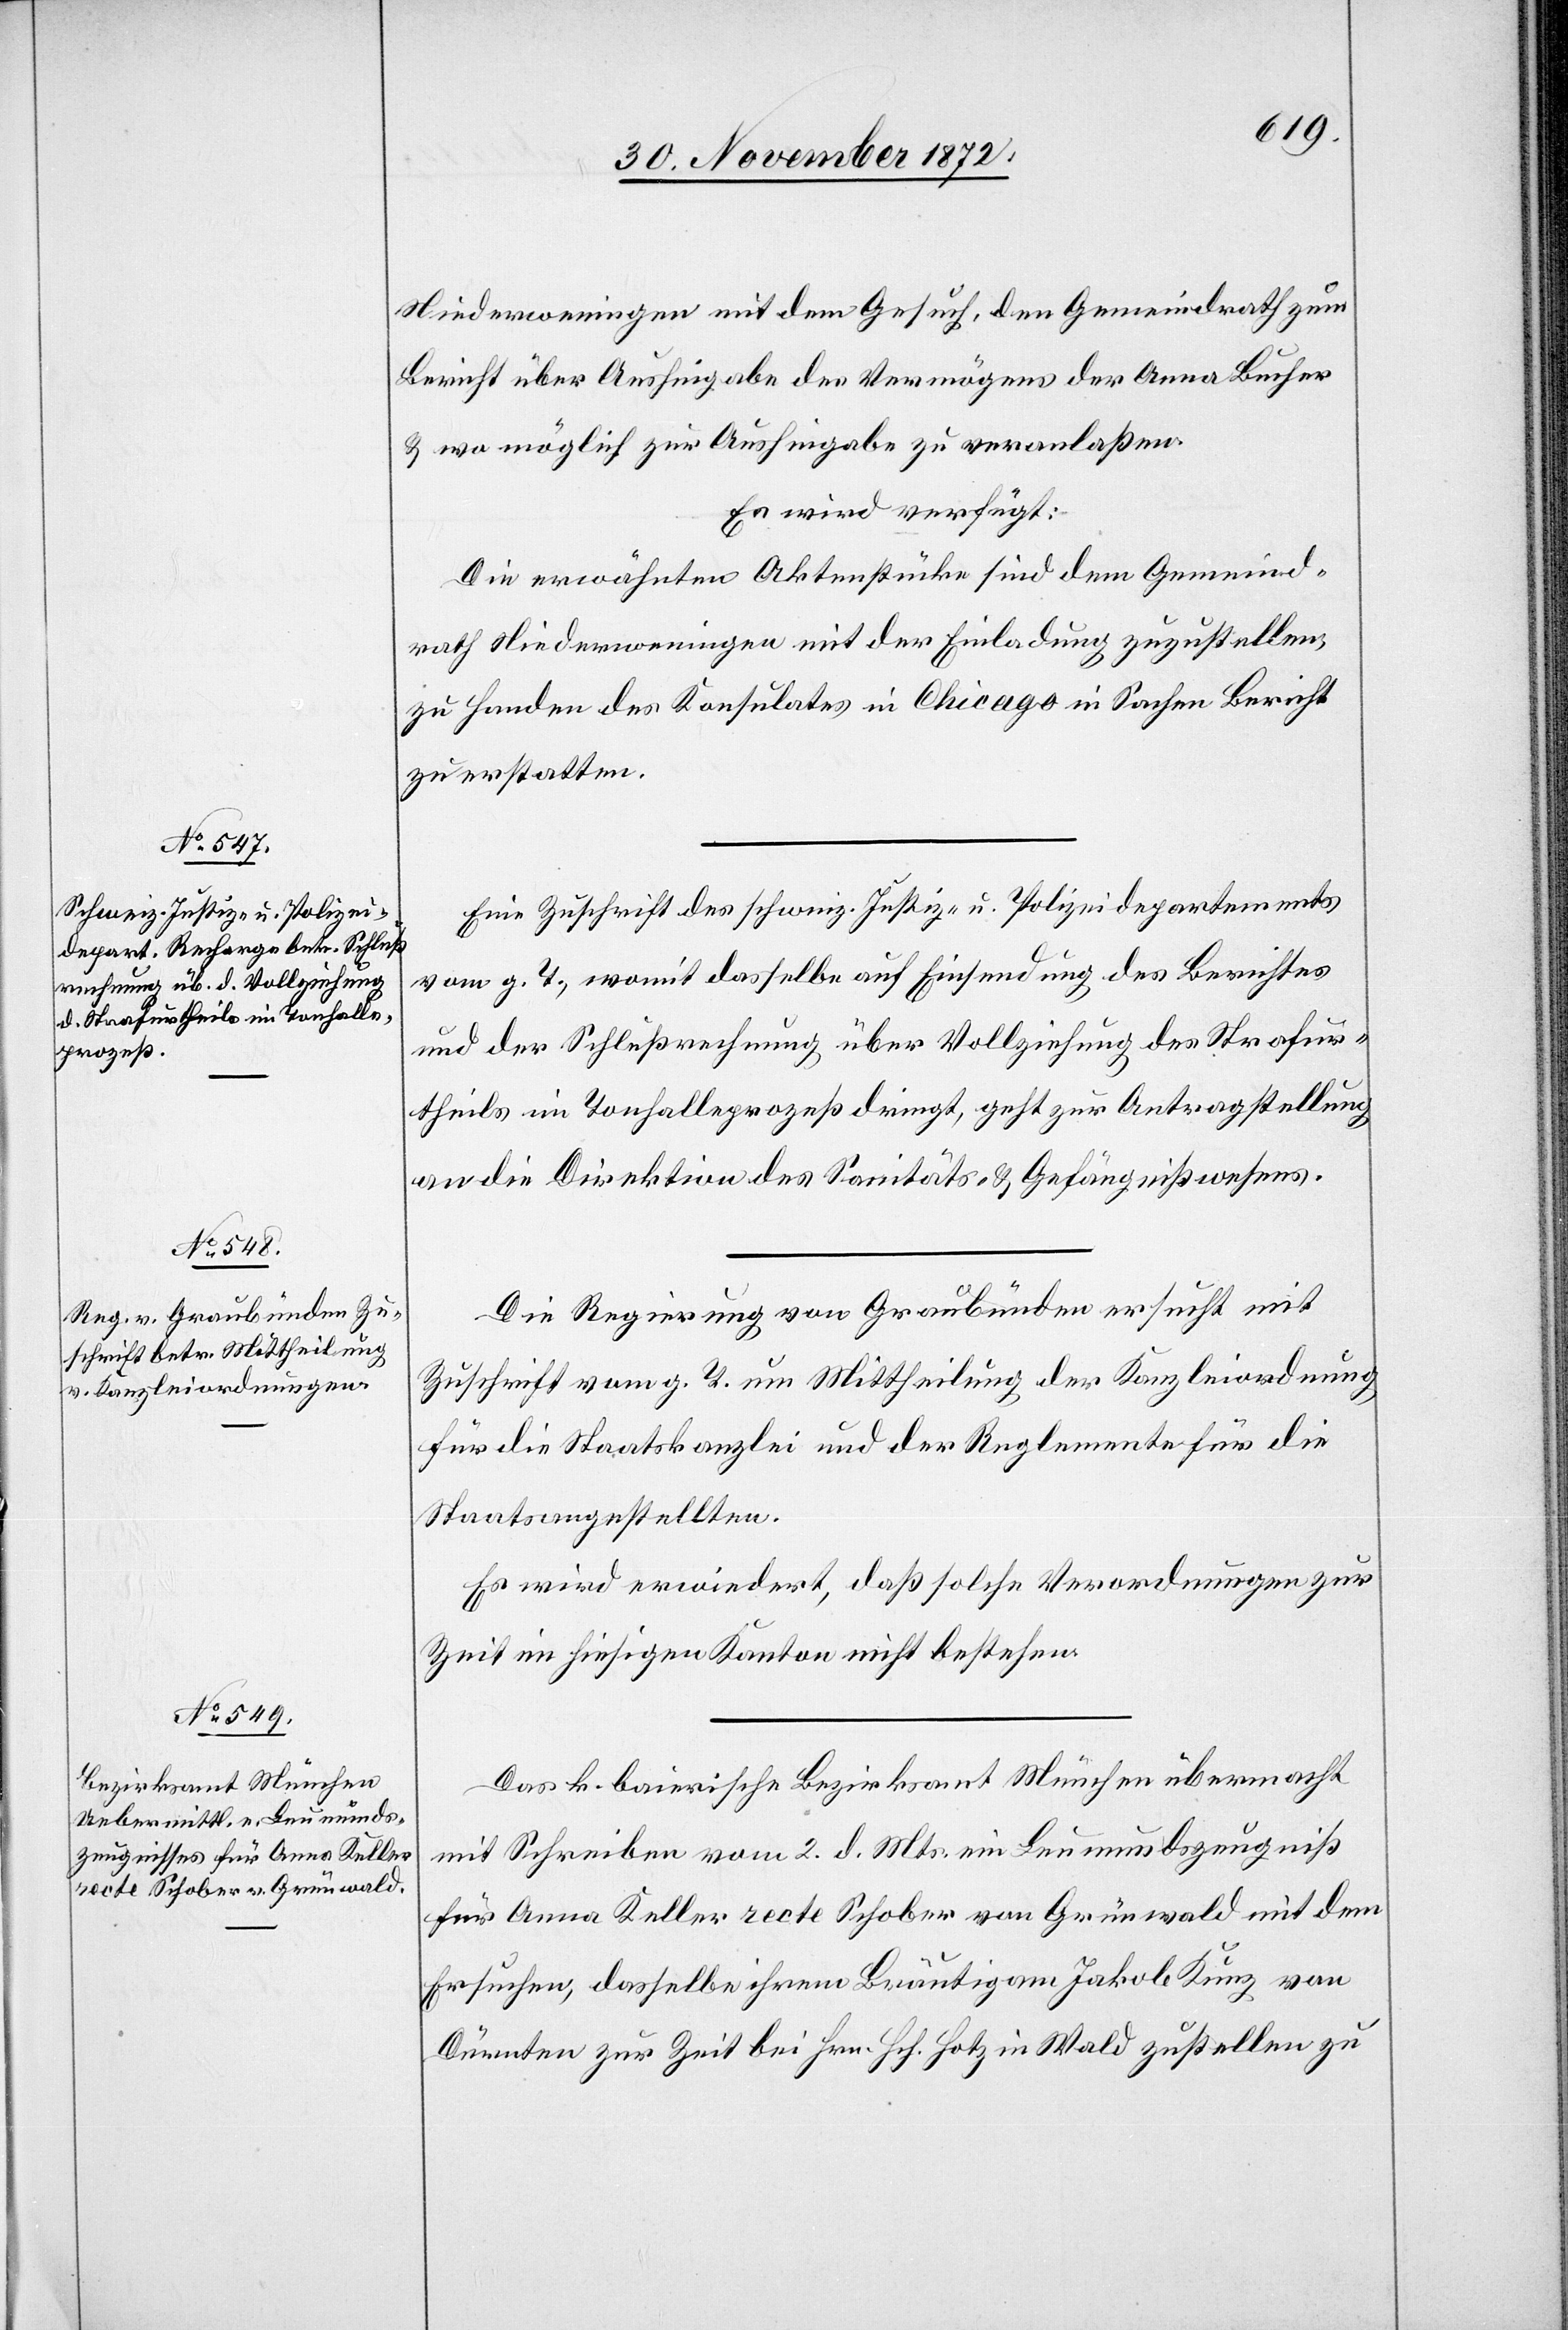
4. December 1872.]
Niederweningen mit dem Gesuch, den Gemeindrath zum
Bericht über Aushingabe des Vermögens der Anna Bucher
u. wo möglich zur Aushingabe zu veranlaßen.
Es wird verfügt:
Die erwähnten Aktenstücke sind dem Gemeind¬
rath Niederweningen mit der Einladung zuzustellen,
zu Handen des Konsulates in Chicago in Sachen Bericht
zu erstatten.
Eine Zuschrift des schweiz. Justiz- u. Polizeidepartements
vom g. T., womit dasselbe auf Einsendung des Berichtes
und der Schlußrechnung über Vollziehung des Strafur¬
theils im Tonhalleprozeß dringt, geht zur Antragstellung
an die Direktion des Sanitäts- u. Gefängnißwesens.
Die Regierung von Graubünden ersucht mit
Zuschrift vom g. T. um Mittheilung der Kanzleiordnung
für die Staatskanzlei und der Reglemente für die
Staatsangestellten.
Es wird erwiedert, daß solche Verordnungen zur
Zeit im hiesigen Kanton nicht bestehen.
Das k. baierische Bezirksamt München übermacht
mit Schreiben vom 2. d. Mts. ein Leumundszeugniß
für Anna Keller recte Schober von Grünwald mit dem
Ersuchen, dasselbe ihrem Bräutigam Jakob Kunz von
Dürnten zur Zeit bei Hrn. Hch. Hotz in Wald zustellen zu